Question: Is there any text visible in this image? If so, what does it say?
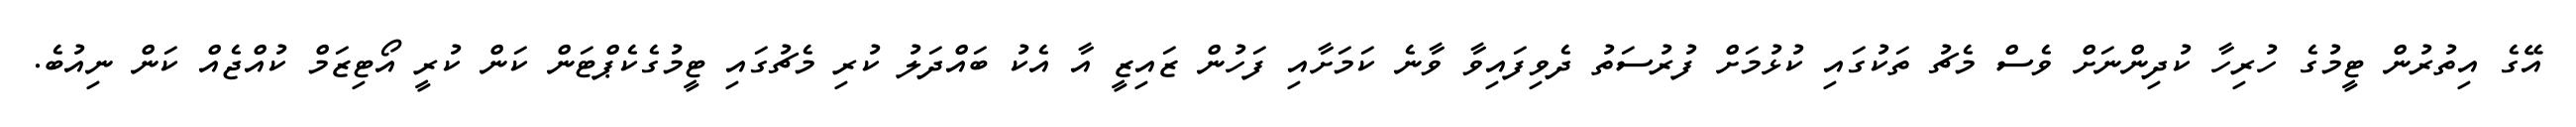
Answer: އޭގެ އިތުރުން ޓީމުގެ ހުރިހާ ކުދިންނަށް ވެސް މެޗު ތަކުގައި ކުޅުމަށް ފުރުސަތު ދެވިފައިވާ ވާނެ ކަމަށާއި ފަހުން ޒައިޒީ އާ އެކު ބައްދަލު ކުރި މެޗުގައި ޓީމުގެކެޕްޓަން ކަން ކުރީ އޯޓިޒަމް ކުއްޖެއް ކަން ނިއުބެ.